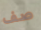
صف